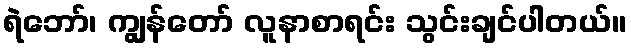
ရဲဘော်၊ ကျွန်တော် လူနာစာရင်း သွင်းချင်ပါတယ်။